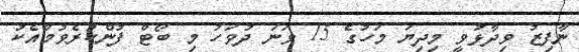
ނާފިޒު ވިދާޅުވީ މިދިޔަ މަހުގެ 15 ވަަނަ ދުވަހު މި ބޯޓް ފުންކުރެވުމާއެކު